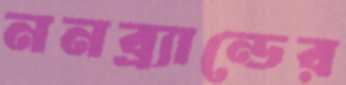
ননব্র্যান্ডের